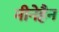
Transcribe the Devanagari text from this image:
मीनेहैन